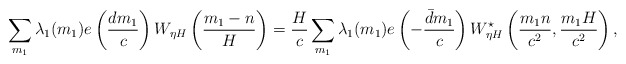
\begin{align*}\sum_{m_1}\lambda_{1}(m_1)e\left(\frac{dm_1}{c}\right)W_{\eta H}\left(\frac{m_1-n}{H}\right)=\frac{H}{c}\sum_{m_1}\lambda_{1}(m_1)e\left(-\frac{\bar{d}m_1}{c}\right)W^{\star}_{\eta H}\left(\frac{m_1n}{c^2},\frac{m_1H}{c^2}\right),\end{align*}